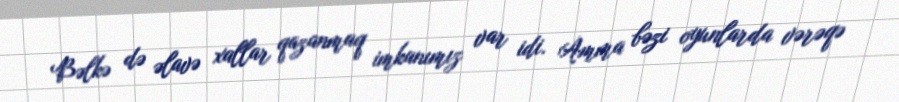
Bəlkə də əlavə xallar qazanmaq imkanımız var idi. Amma bəzi oyunlarda vərəqə